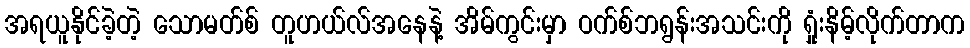
အရယူနိုင်ခဲ့တဲ့ သောမတ်စ် တူဟယ်လ်အနေနဲ့ အိမ်ကွင်းမှာ ဝက်စ်ဘရွန်းအသင်းကို ရှုံးနိမ့်လိုက်တာက